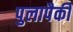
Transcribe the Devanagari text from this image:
पुलापैकी